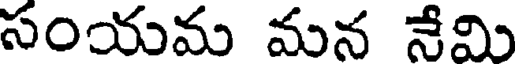
సంయమ మన నేమి